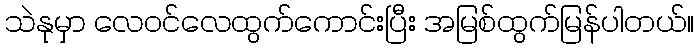
သဲနုမှာ လေဝင်လေထွက်ကောင်းပြီး အမြစ်ထွက်မြန်ပါတယ်။